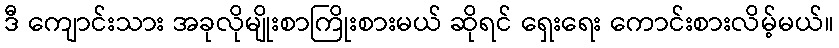
ဒီ ကျောင်းသား အခုလိုမျိုးစာကြိုးစားမယ် ဆိုရင် ရှေးရေး ကောင်းစားလိမ့်မယ်။